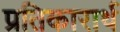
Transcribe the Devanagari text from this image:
प्रतिकारार्थ